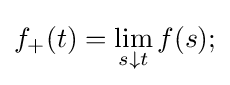
f_{+}(t)=\lim _{s\downarrow t}f(s);